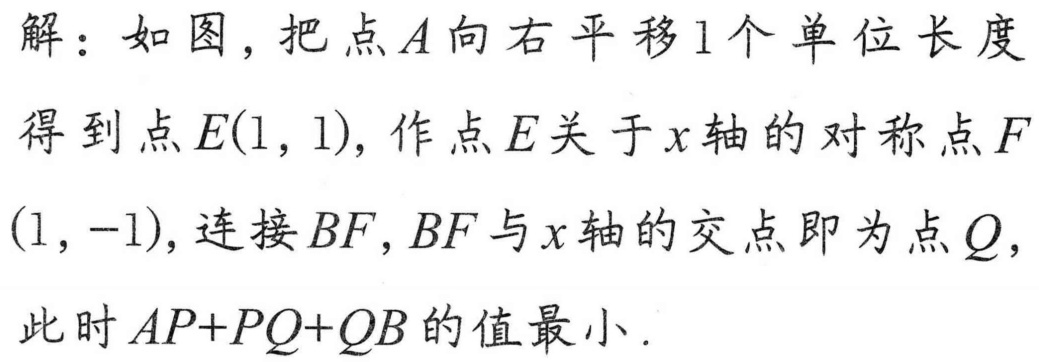
解：如图，把点\(A\)向右平移\(1\)个单位长度得到点\(E(1,1)\)，作点\(E\)关于\(x\)轴的对称点\(F(1,-1)\)，连接\(BF\)，\(BF\)与\(x\)轴的交点即为点\(Q\)，此时\(AP + PQ+QB\)的值最小.